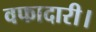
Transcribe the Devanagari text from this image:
वफादारी।